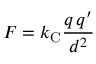
F = k _ { \mathrm { { C } } } { \frac { q \, q ^ { \prime } } { d ^ { 2 } } }